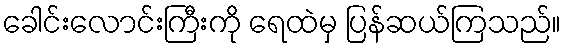
ခေါင်းလောင်းကြီးကို ရေထဲမှ ပြန်ဆယ်ကြသည်။